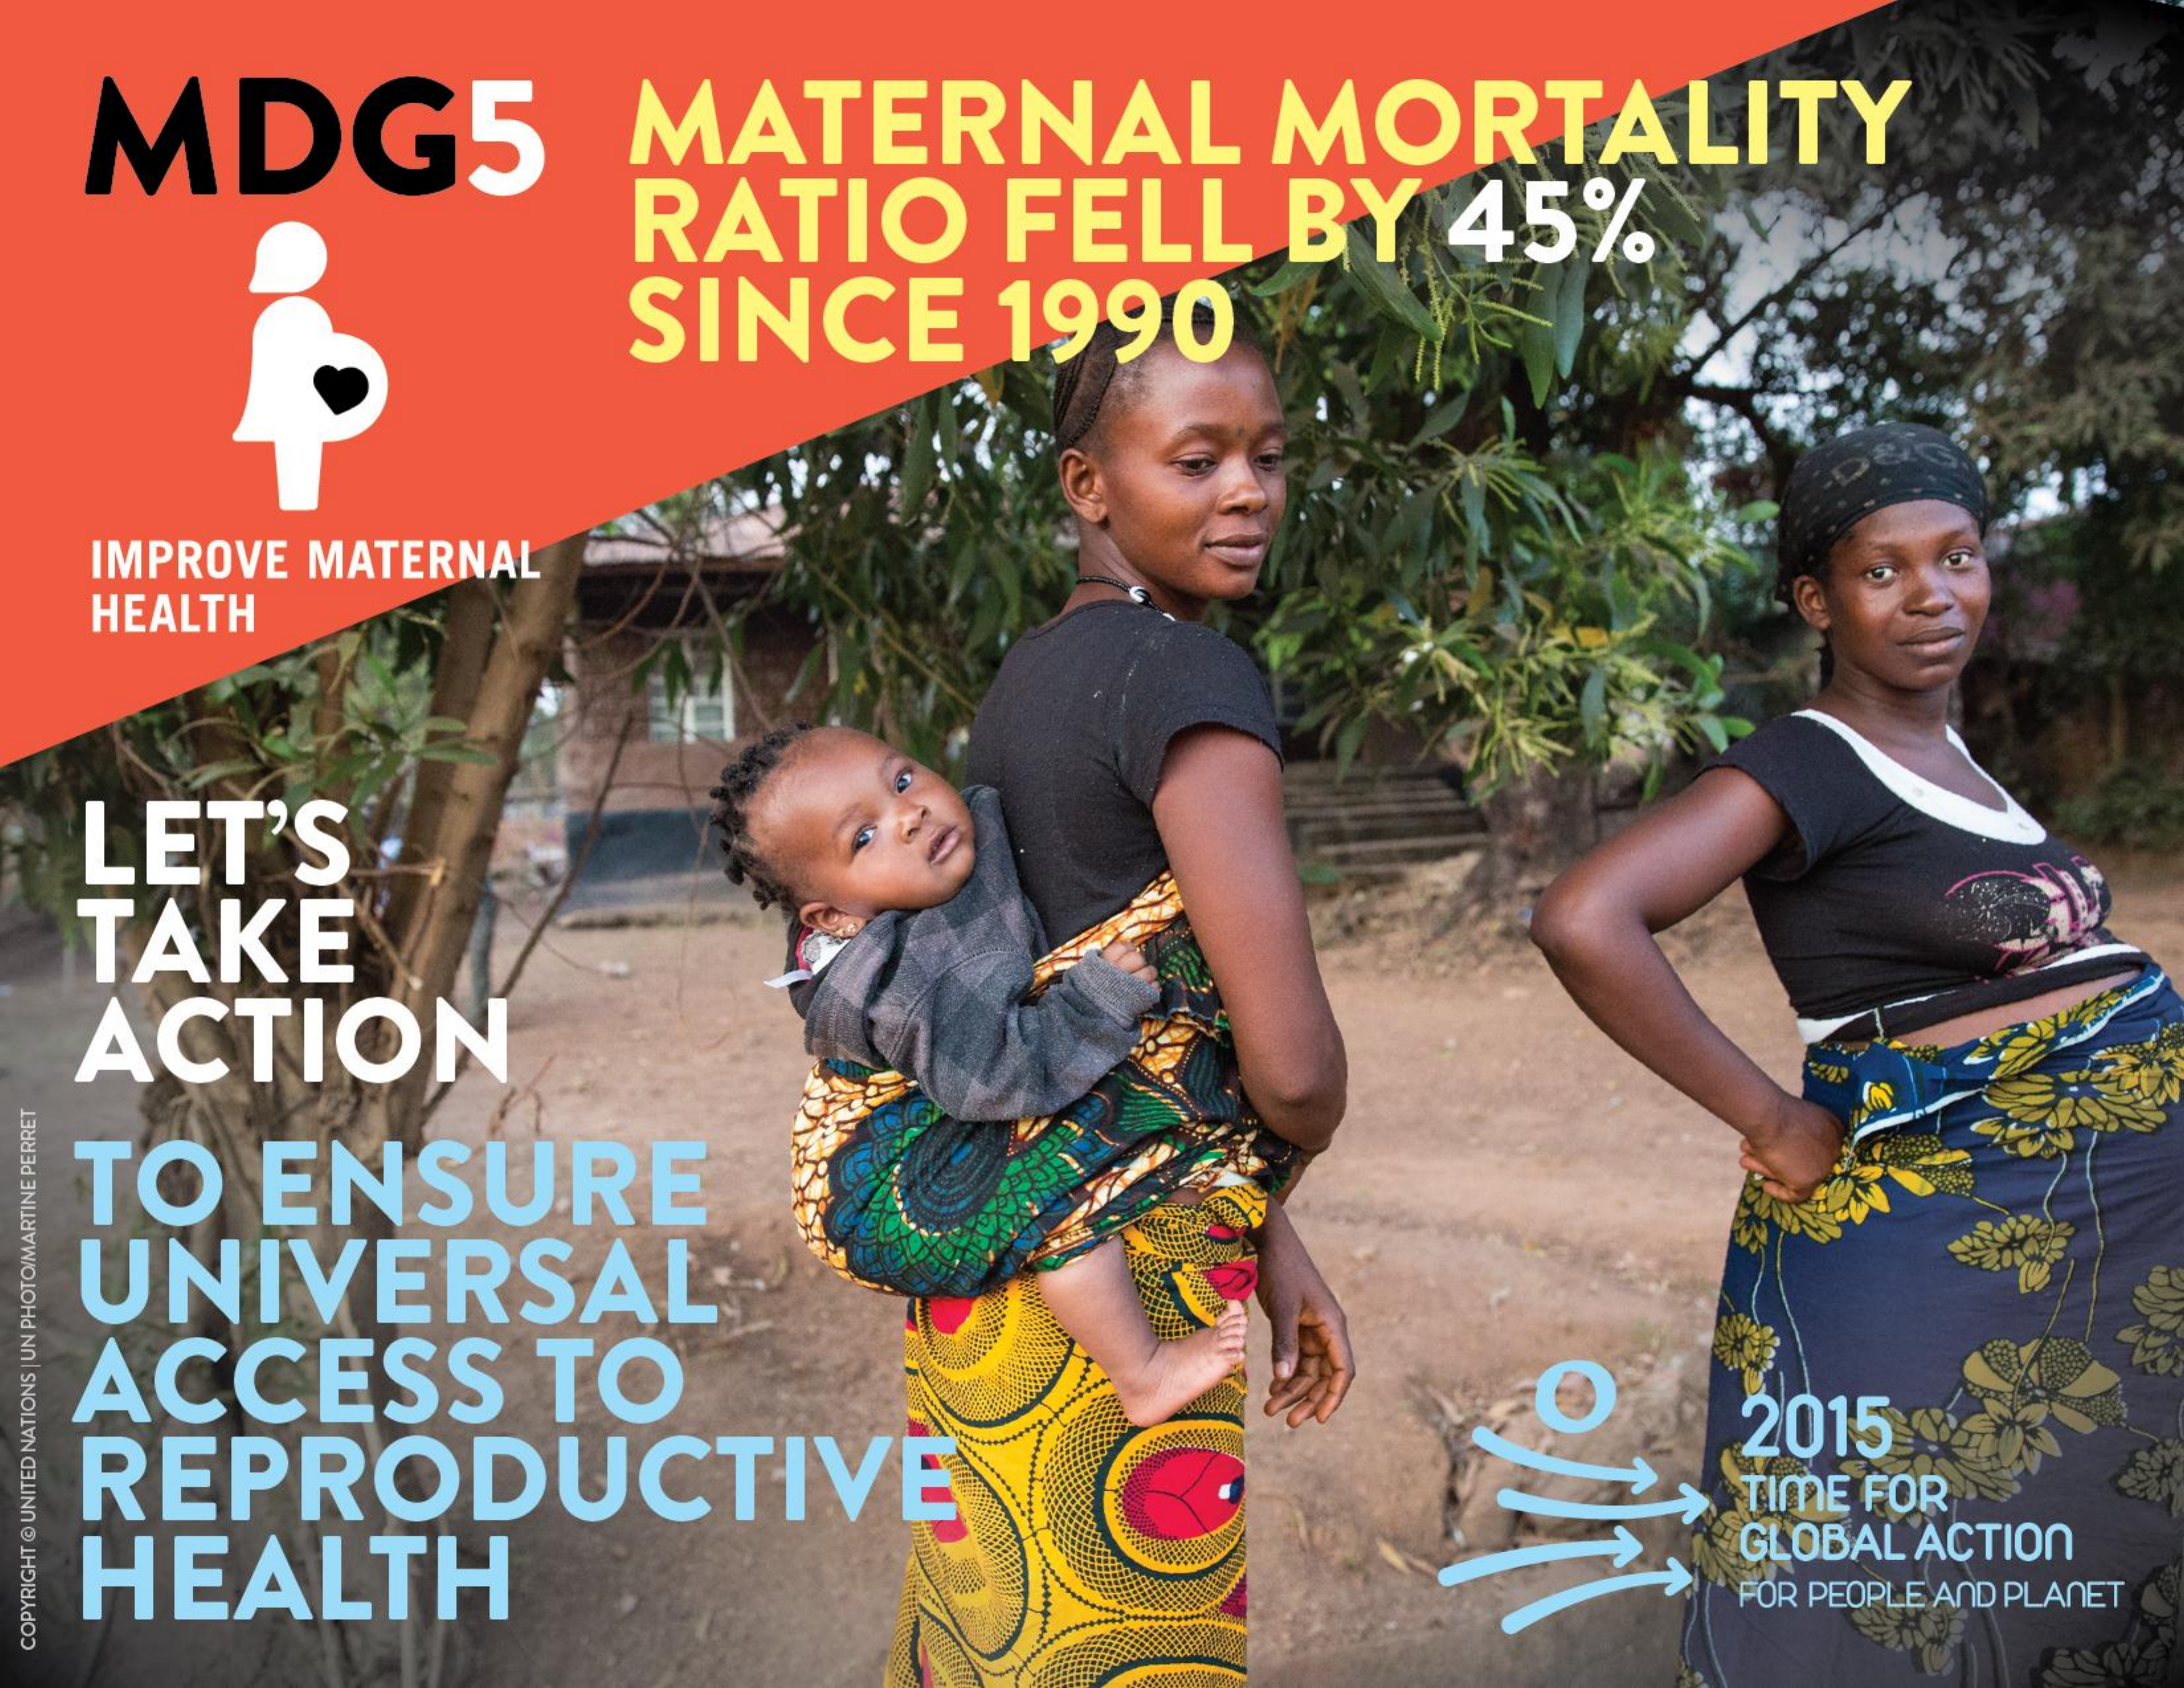
MDG5  MATERNAL MORTALITY
     RATIO FELL BY 45%
     SINCE 1990
  IMPROVE MATERNAL
  HEALTH
  LET'S
  TAKE
  ACTION
  TO ENSURE
  UNIVERSAL
  ACCESS TO
  REPRODUCTIVE
     2015
     TIME FOR
  HEALTH
     GLOBAL ACTION
     FOR PEOPLE AND PLANET COPYRIGHT
  @
  UNITED
  NATIONS
  |
  UN
  PHOTO/MARTINE
  PERRET